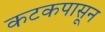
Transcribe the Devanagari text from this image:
कटकपासून